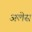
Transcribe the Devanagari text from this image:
अलेस